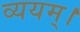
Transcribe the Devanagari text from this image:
व्ययम्।